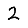
Digit: 2